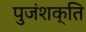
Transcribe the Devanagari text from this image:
पुजंशक्ति